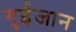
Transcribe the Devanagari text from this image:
गुईजान